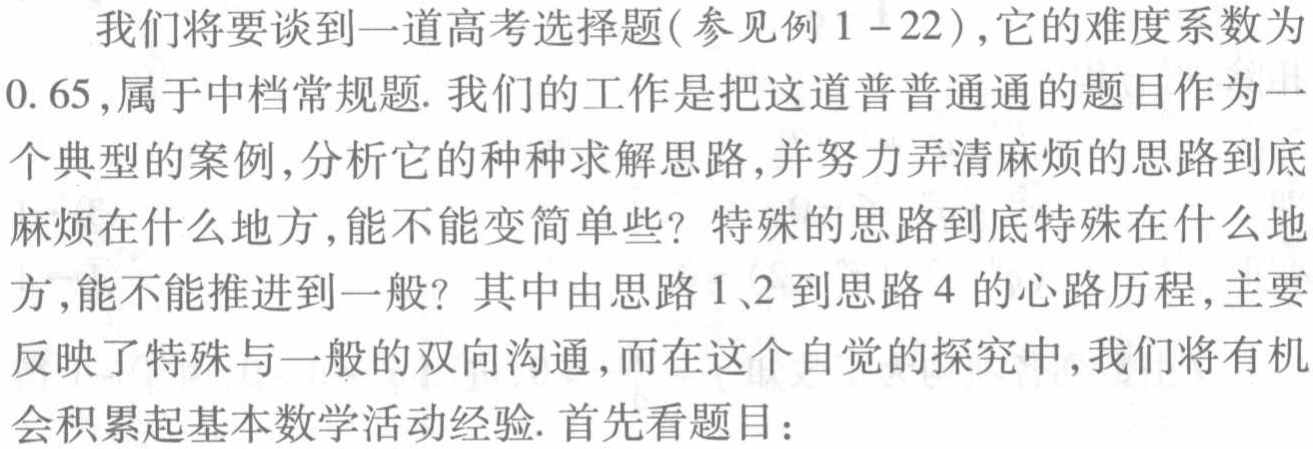
我们将要谈到一道高考选择题(参见例1 - 22),它的难度系数为
0.65,属于中档常规题. 我们的工作是把这道普普通通的题目作为一
个典型的案例,分析它的种种求解思路,并努力弄清麻烦的思路到底
麻烦在什么地方,能不能变简单些? 特殊的思路到底特殊在什么地
方,能不能推进到一般? 其中由思路1、2到思路4的心路历程,主要
反映了特殊与一般的双向沟通,而在这个自觉的探究中,我们将有机
会积累起基本数学活动经验. 首先看题目：